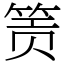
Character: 𬕂